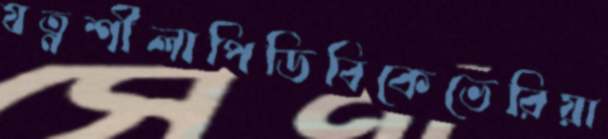
যত্নশীলাপিডিবিকেভেরিয়া